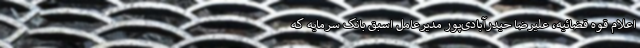
اعلام قوه قضائیه، علیرضا حیدرآبادی‌پور مدیرعامل اسبق بانک سرمایه که